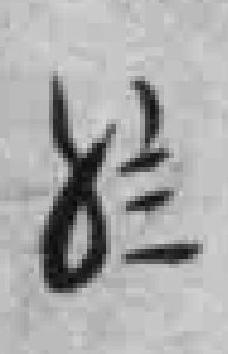
*